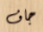
جاف